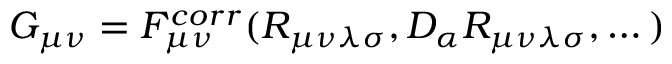
G _ { \mu \nu } = F _ { \mu \nu } ^ { c o r r } ( R _ { \mu \nu \lambda \sigma } , D _ { \alpha } R _ { \mu \nu \lambda \sigma } , \dots )